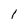
Character: 1